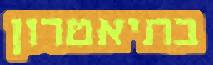
בתיאטרון